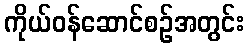
ကိုယ်ဝန်ဆောင်စဉ်အတွင်း